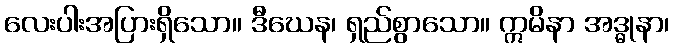
လေးပါးအပြားရှိသော။ ဒီဃေန၊ ရှည်စွာသော။ ဣမိနာ အဒ္ဓုနာ၊